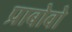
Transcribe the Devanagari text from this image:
प्राबोवो